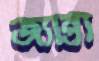
জ্যান্তা